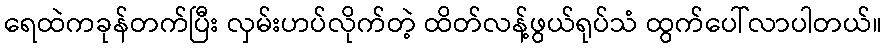
ရေထဲကခုန်တက်ပြီး လှမ်းဟပ်လိုက်တဲ့ ထိတ်လန့်ဖွယ်ရုပ်သံ ထွက်ပေါ်လာပါတယ်။